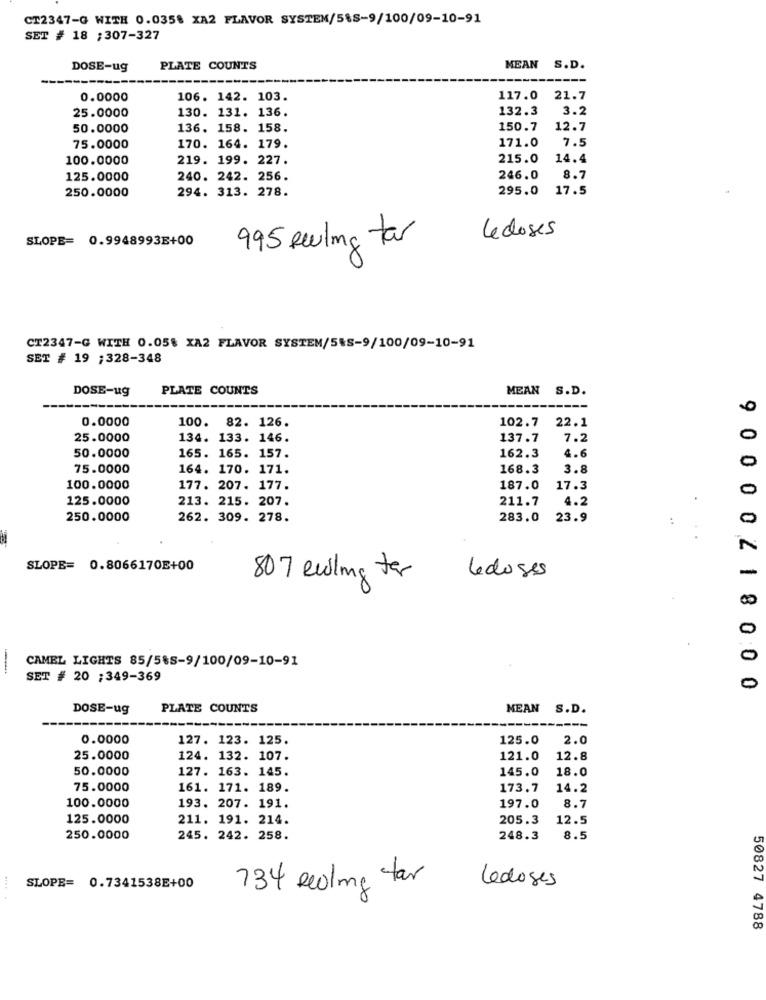
CT2347-G WITH 0.0358 XA2 FLAVOR SYSTEM/5%8-9/100/09-10-91
SET # 18 ;307-327
DOSE-ug
PLATE COUNTS
MEAN S.D.
0.0000
106. 142. 103.
117.0
21.7
130. 131. 136.
132.3
3.2
25.0000
50.0000
136. 158. 158.
150.7
12.7
7.5
75.0000
170. 164. 179.
171.0
100.0000
219. 199. 227.
215.0
14.4
125.0000
240. 242. 256.
246.0
8.7
294. 313. 278.
295.0 17.5
250.0000
SLOPE= 0.9948993E+00
Le coses
995 Reling tar
CT2347-G WITH 0.05% XA2 FLAVOR SYSTEM/S&S-9/100/09-10-91
SET # 19 ; 328-348
DOSE-ug
PLATE COUNTS
MEAN S.D.
0
0.0000
100. 82. 126.
102.7 22.1
25.0000
134. 133. 146.
137.7
7.2
0
50.0000
165. 165. 157.
162.3
4.6
0
75.0000
164. 170. 171.
168.3
3.8
100.0000
177. 207. 177.
187.0
17.3
0
125.0000
213. 215. 207.
211.7
4.2
250.0000
262. 309. 278.
283.0
23.9
SLOPE= 0.8066170E+00
-
807 ewing for
ledoses
0
CAMEL LIGHTS 85/585-9/100/09-10-91
SET # 20 ;349-369
0
9 0 0 002 18000
DOSE-ug
PLATE COUNTS
MEAN S.D.
0.0000
127. 123. 125.
125.0
2.0
25.0000
124. 132. 107.
121.0
12.8
50.0000
127. 163. 145.
145.0
18.0
75.0000
161. 171. 189.
173.7
14.2
8.7
100.0000
193. 207. 191.
197.0
125.0000
211. 191. 214.
205.3
12.5
250.0000
245. 242. 258.
248.3
8.5
SLOPE= 0.7341538E+00
734 Redding tar
Ledoses
50827 4788